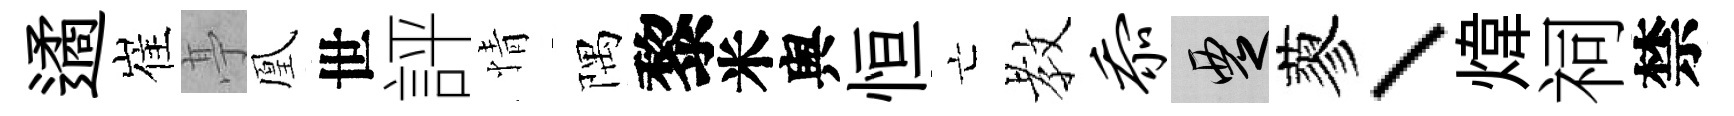
遹崔𠅘凰世評情隅黎米舆恒亡教忝覂蓼、煒祠禁